Insane asylums in Bengal annual reports 1876-1887 - 1876-1887
Year: 1876
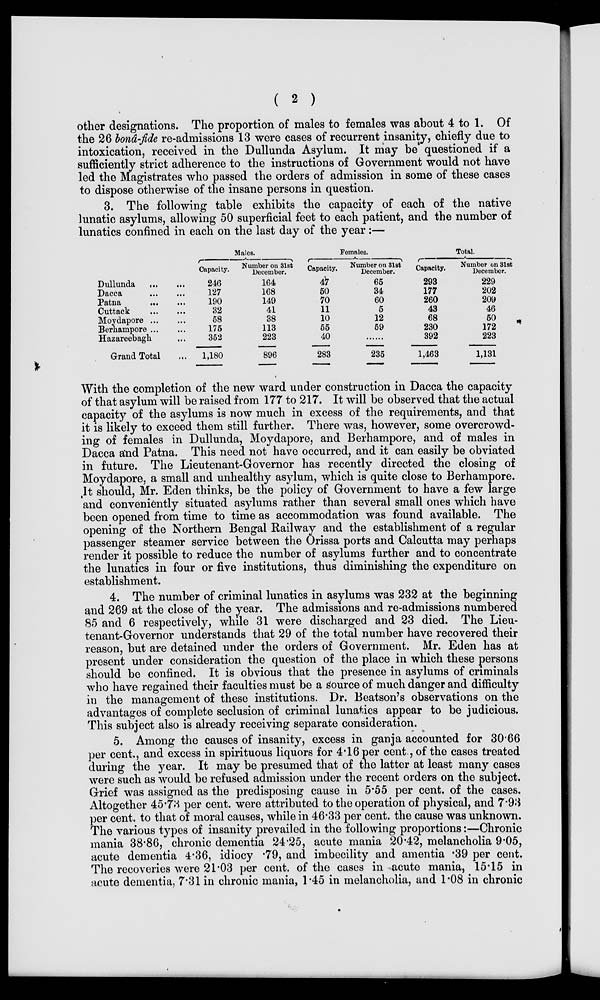
( 2 )
other designations. The proportion of males to females was about 4 to 1. Of
the 26 bonâ-fide re-admissions 13 were cases of recurrent insanity, chiefly due to
intoxication, received in the Dullunda Asylum. It may be questioned if a
sufficiently strict adherence to the instructions of Government would not have
led the Magistrates who passed the orders of admission in some of these cases
to dispose otherwise of the insane persons in question.
3. The following table exhibits the capacity of each of the native
lunatic asylums, allowing 50 superficial feet to each patient, and the number of
lunatics confined in each on the last day of the year:—
Dullunda
...
Dacca
...
...
Patna
...
...
Cuttack
...
...
Moydapore
...
...
Berhampore ... ...
Hazareebagh ...
Grand Total ...
Males.
Capacity.
246
127
190
32
58
175
352
1,180
Number on 31st
December.
164
168
149
41
38
113
223
896
Females.
Capacity.
47
50
70
11
10
55
40
283
Number on 31st
December.
65
34
60
5
12
59
...
235
Total.
Capacity.
293
177
260
43
68
230
392
1,463
Number on 31st
December.
229
202
209
46
50
172
223
1,131
With the completion of the new ward under construction in Dacca the capacity
of that asylum will be raised from 177 to 217. It will be observed that the actual
capacity of the asylums is now much in excess of the requirements, and that
it is likely to exceed them still further. There was, however, some overcrowd-
-ng of females in Dullunda, Moydapore, and Berhampore, and of males in
Dacca and Patna. This need not have occurred, and it can easily be obviated
in future. The Lieutenant-Governor has recently directed the closing of
Moydapore, a small and unhealthy asylum, which is quite close to Berhampore.
lt should, Mr. Eden thinks, be the policy of Government to have a few large
and conveniently situated asylums rather than several small ones which have
been opened from time to time as accommodation was found available. The
opening of the Northern Bengal Railway and the establishment of a regular
passenger steamer service between the Orissa ports and Calcutta may perhaps
render it possible to reduce the number of asylums further and to concentrate
the lunatics in four or five institutions, thus diminishing the expenditure on
establishment.
4. The number of criminal lunatics in asylums was 232 at the beginning
and 269 at the close of the year. The admissions and re-admissions numbered
85 and 6 respectively, wh1le 31 were discharged and 23 died. The Lieu-
tenant-Governor understands that 29 of the total number have recovered their
reason, but are detained under the orders of Government. Mr. Eden has at
present under consideration the question of the place in which these persons
should be confined. It is obvious that the presence in asylums of criminals
who have regained their faculties must be a source of much danger and difficulty
in the management of these institutions. Dr. Beatson's observations on the
advantages of complete seclusion of criminal lunatics appear to be judicious.
This subject also is already receiving separate consideration.
5. Among the causes of insanity, excess in ganja accounted for 30.66
per cent., and excess in spirituous liquors for 4.16 per cent., of the cases treated
during the year. It may be presumed that of the latter at least many cases
were such as would be refused admission under the recent orders on the subject.
Grief was assigned as the predisposing cause in 5.55 per cent. of the cases.
Altogether 45.73 per cent. were attributed to the operation of physical, and 7.93
per cent. to that of moral causes, while in 46.33 per cent. the cause was unknown.
The various types of insanity prevailed in the following proportions:—Chronic
mania 38.86, chronic dementia 24.25, acute mania 20.42, melancholia 9.05,
acute dementia 4.36, idiocy .79, and imbecility and amentia .39 per cent.
The recoveries were 21.03 per cent. of the cases in acute mania, 15.15 in
acute dementia, 7.31 in chronic mania, 1.45 in melancholia, and 1.08 in chronic